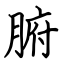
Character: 腑